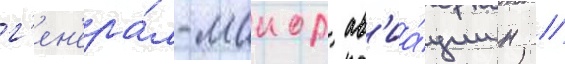
г'ен'ера́л-маиор ав'иа́ции н //